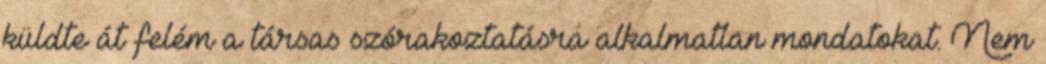
küldte át felém a társas szórakoztatásra alkalmatlan mondatokat. Nem